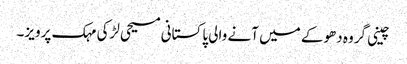
چینی گروہ دھوکے میں آنے والی پاکستانی مسیحی لڑکی مہک پرویز۔